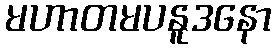
မဟာတမပနူဒနော